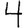
Digit: 4